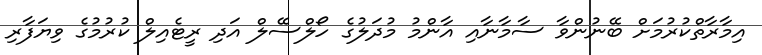
އިމާރާތްކުރުމަށް ބޭނުންވާ ސާމާނާއި އާންމު މުދަލުގެ ހޯލްސޭލް އަދި ރީޓެއިލް ކުރުމުގެ ވިޔަފާރި